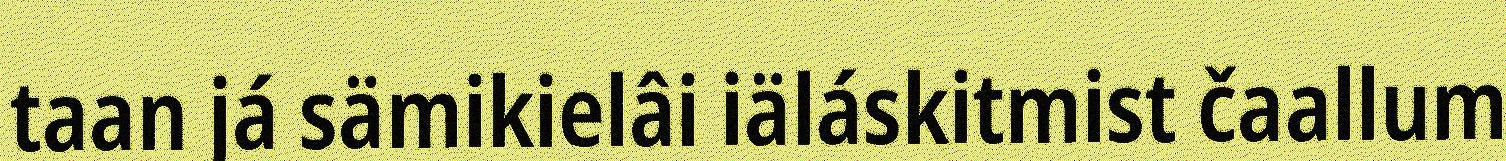
taan já sämikielâi iäláskitmist čaallum